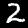
Label: 2